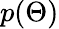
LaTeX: p(\Theta)